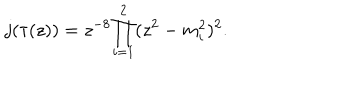
j ( \tau ( z ) ) = { z ^ { - 8 } } { \prod _ { i = 1 } ^ { 2 } ( z ^ { 2 } - m _ { i } ^ { 2 } ) ^ { 2 } } .